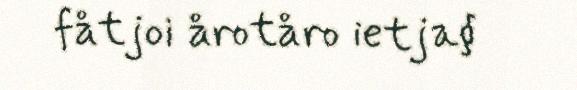
fåtjoi årotåro ietja§